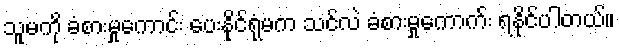
သူမကို ခံစားမှုကောင်း ပေးနိုင်ရုံမက သင်လဲ ခံစားမှုကောက်း ရနိုင်ပါတယ်။